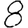
Digit: 8